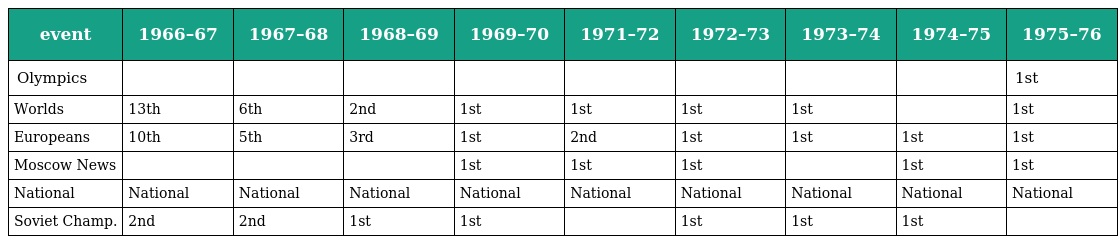
| event | 1966–67 | 1967–68 | 1968–69 | 1969–70 | 1971–72 | 1972–73 | 1973–74 | 1974–75 | 1975–76 |
 | --- | --- | --- | --- | --- | --- | --- | --- | --- | --- |
 | Olympics |  |  |  |  |  |  |  |  | 1st |
 | Worlds | 13th | 6th | 2nd | 1st | 1st | 1st | 1st |  | 1st |
 | Europeans | 10th | 5th | 3rd | 1st | 2nd | 1st | 1st | 1st | 1st |
 | Moscow News |  |  |  | 1st | 1st | 1st |  | 1st | 1st |
 | National | National | National | National | National | National | National | National | National | National |
 | Soviet Champ. | 2nd | 2nd | 1st | 1st |  | 1st | 1st | 1st |  |